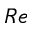
R e